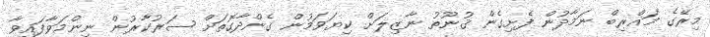
މިރޭގެ މަޣްރިބް ނަމާދުން ފެށިގެން ޤުނޫތު ނާޒިލަށް ކިޔަވަމުން ގެންދާގޮތަށް ސަރުކާރުން ނިންމަވާފައިވާ